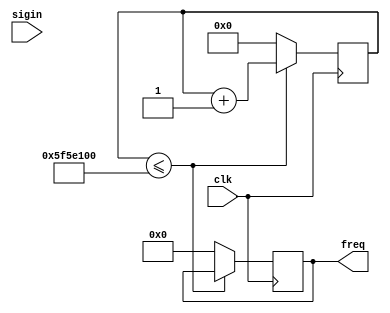
`timescale 1ns / 1ps
//////////////////////////////////////////////////////////////////////////////////
// Company: 
// Engineer: 
// 
// Design Name: 
// Module Name: freq_counter
// Project Name: 
// Target Devices: 
// Tool Versions: 
// Description: 
// 
// Dependencies: 
// 
// Revision:
// Revision 0.01 - File Created
// Additional Comments:
// 
//////////////////////////////////////////////////////////////////////////////////


module freq_counter(
clk,
sigin,
freq
 
    );
input clk;
input sigin;
output reg [15:0] freq;

reg [31:0] counter =0;
reg [15:0] freq1 = 0;
reg rst;


always @(posedge clk)
begin

    if(counter <= 100000000)
    begin
    
    counter = counter +1;
    if(sigin & ~rst)
        freq1=freq1 +1;
    
    end 
    else
    begin
    counter = 0;
    freq1=0; 
    freq = freq1;
    end

end // always end

always @(posedge clk)begin
    rst =sigin;
    end
    
    
endmodule